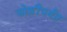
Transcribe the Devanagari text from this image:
जोशींपर्यंत